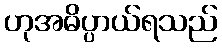
ဟုအဓိပ္ပာယ်ရသည်